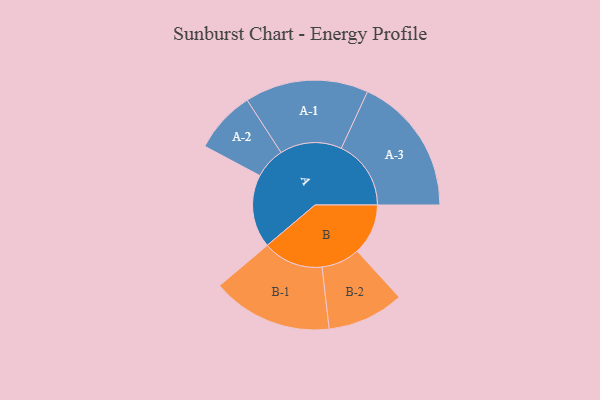
{"axis": {"x": "Segment", "y": "Value"}, "legend": ["", "A", "B"], "data": [{"x": "A", "y": 287, "type": ""}, {"x": "B", "y": 200, "type": ""}, {"x": "A-1", "y": 243, "type": "A"}, {"x": "A-2", "y": 122, "type": "A"}, {"x": "A-3", "y": 274, "type": "A"}, {"x": "B-1", "y": 237, "type": "B"}, {"x": "B-2", "y": 151, "type": "B"}]}